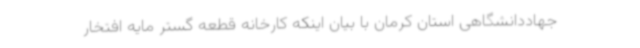
جهاددانشگاهی استان کرمان با بیان اینکه کارخانه قطعه گستر مایه افتخار